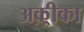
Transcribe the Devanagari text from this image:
अक़्रीका